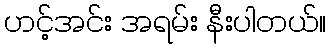
ဟင့်အင်း အရမ်း နီးပါတယ်။